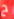
ح